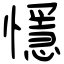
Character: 懚